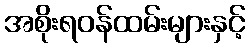
အစိုးရဝန်ထမ်းများနှင့်